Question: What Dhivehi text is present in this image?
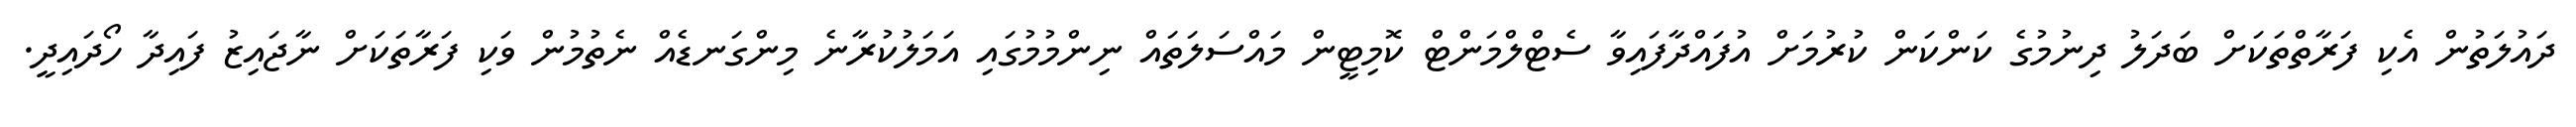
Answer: ދައުލަތުން އެކި ފަރާތްތަކަށް ބަދަލު ދިނުމުގެ ކަންކަން ކުރުމަށް އުފައްދާފައިވާ ސެޓްލްމަންޓް ކޮމިޓީން މައްސަލަތައް ނިންމުމުގައި އަމަލުކުރާނެ މިންގަނޑެއް ނެތުމުން ވަކި ފަރާތަކަށް ނާޖައިޒު ފައިދާ ހޯދައިދީ.